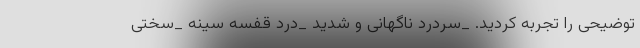
توضیحی را تجربه کردید. _سردرد ناگهانی و شدید _درد قفسه سینه _سختی